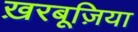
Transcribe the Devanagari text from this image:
ख़रबूज़िया